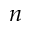
n